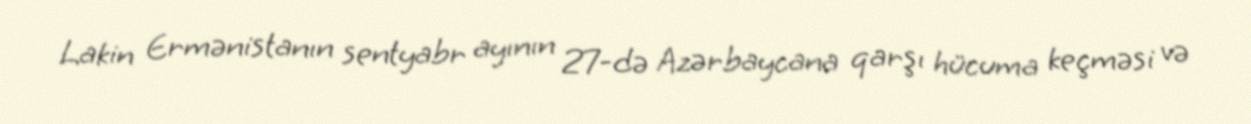
Lakin Ermənistanın sentyabr ayının 27-də Azərbaycana qarşı hücuma keçməsi və